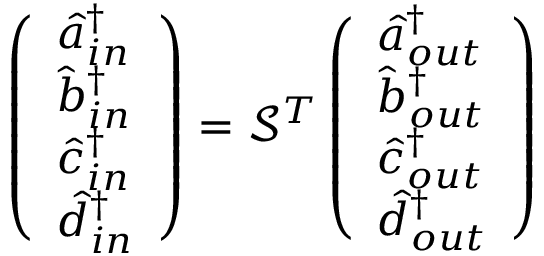
\left( \begin{array} { l } { \hat { a } _ { i n } ^ { \dagger } } \\ { \hat { b } _ { i n } ^ { \dagger } } \\ { \hat { c } _ { i n } ^ { \dagger } } \\ { \hat { d } _ { i n } ^ { \dagger } } \end{array} \right) = \mathcal { S } ^ { T } \left( \begin{array} { l } { \hat { a } _ { o u t } ^ { \dagger } } \\ { \hat { b } _ { o u t } ^ { \dagger } } \\ { \hat { c } _ { o u t } ^ { \dagger } } \\ { \hat { d } _ { o u t } ^ { \dagger } } \end{array} \right)